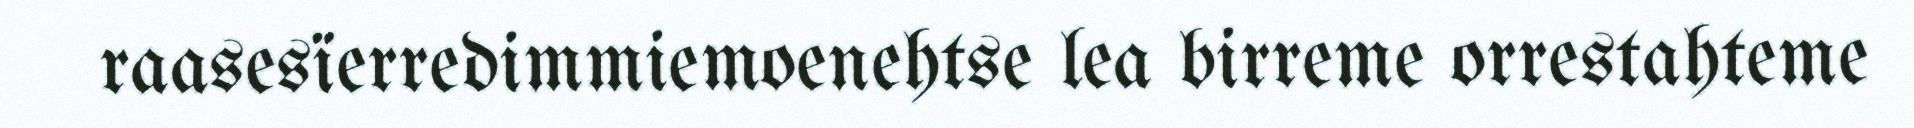
raasesïerredimmiemoenehtse lea birreme orrestahteme